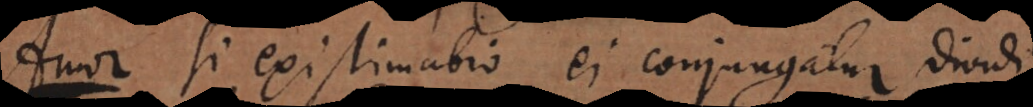
si existimatio ei conjungatur dividi